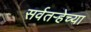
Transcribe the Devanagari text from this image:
सर्वतऱ्हेच्या